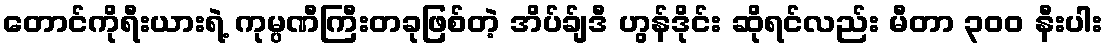
တောင်ကိုရီးယားရဲ့ ကုမ္ပဏီကြီးတခုဖြစ်တဲ့ အိပ်ခ်ျဒီ ဟွန်ဒိုင်း ဆိုရင်လည်း မီတာ ၃၀၀ နီးပါး